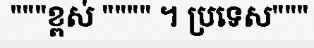
"""ខ្ពស់ """" ។ ប្រទេស"""